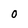
Character: O